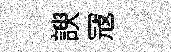
諛冦